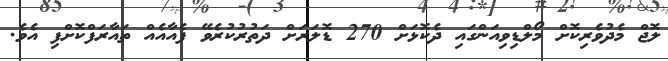
ލޮޖް މެދުވެރިކޮށް މޯލްޑިވިއަންގައި ދެކޮޅަށް 270 ޑޮލަރަށް ދަތުރުކުރެވޭ ފެއާއެއް ތައާރަފްކޮށްފި އެވެ.